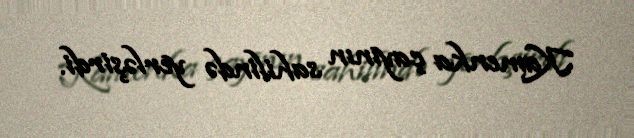
Kamenka çayının sahilində yerləşirdi.